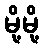
မို့မို့